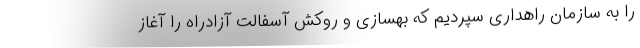
را به سازمان راهداری سپردیم که بهسازی و روکش آسفالت آزادراه را آغاز